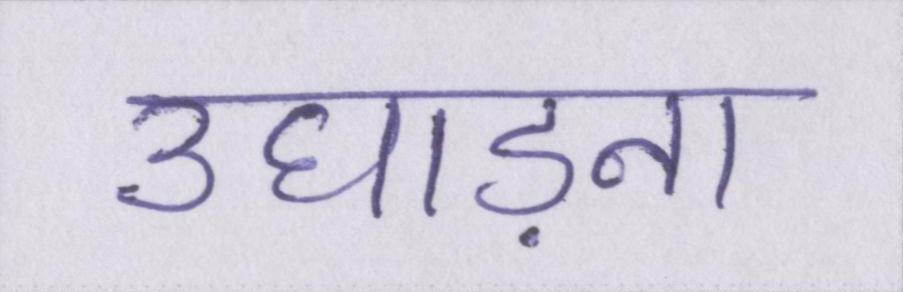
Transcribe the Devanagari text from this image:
उघाड़ना